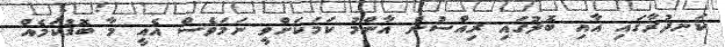
ކަނދުރާގައި އާއި ބޮލުގައި ރިއްސުން އާންމު ކަމަކަށްވީ ނަމަވެސް އެއީ މާ ބޮޑުކަމެއް